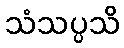
သံသပ္ပသိ